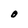
Character: O